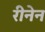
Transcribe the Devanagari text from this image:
रीनेन